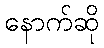
နောက်ဆို